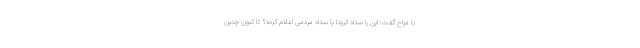
با مزاح گفت: این را ستاد کرونا یا ستاد مردمی اعلام کرده؟ تا کنون چنین